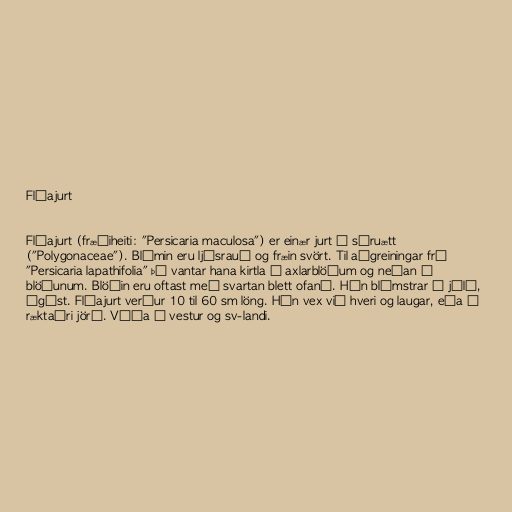
Flóajurt

Flóajurt (fræðiheiti: "Persicaria maculosa") er einær jurt í súruætt
("Polygonaceae"). Blómin eru ljósrauð og fræin svört. Til aðgreiningar frá
"Persicaria lapathifolia" þá vantar hana kirtla á axlarblöðum og neðan á
blöðunum. Blöðin eru oftast með svartan blett ofaná. Hún blómstrar í júlí,
ágúst. Flóajurt verður 10 til 60 sm löng. Hún vex við hveri og laugar, eða á
ræktaðri jörð. Víða á vestur og sv-landi.